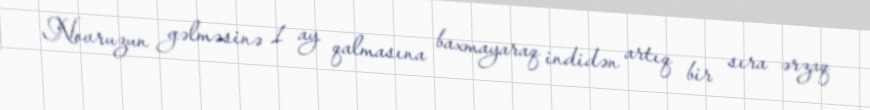
Novruzun gəlməsinə 1 ay qalmasına baxmayaraq indidən artıq bir sıra ərzaq